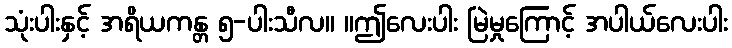
သုံးပါးနှင့် အရိယကန္တ ၅-ပါးသီလ။ ။ဤလေးပါး မြဲမှုကြောင့် အပါယ်လေးပါး